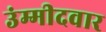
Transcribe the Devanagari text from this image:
उंम्मीदवार